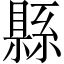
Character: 縣